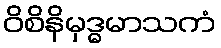
ဝိစိနိမှဒ္ဓမာသကံ